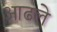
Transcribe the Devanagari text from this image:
आढले